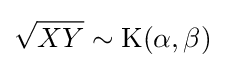
{\sqrt {XY}}\sim \operatorname {K} (\alpha ,\beta )